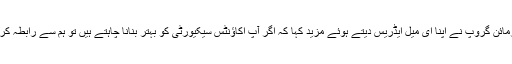
اورمائن گروپ نے اپنا ای میل ایڈریس دیتے ہوئے مزید کہا کہ اگر آپ اکاؤنٹس سیکیورٹی کو بہتر بنانا چاہتے ہیں تو ہم سے رابطہ کریں۔